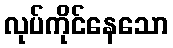
လုပ်ကိုင်နေသော